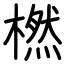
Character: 橪